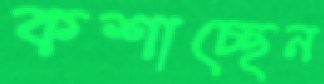
কশাচ্ছেন